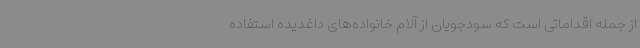
از جمله اقداماتی است که سودجویان از آلام خانواده‌های داغدیده استفاده